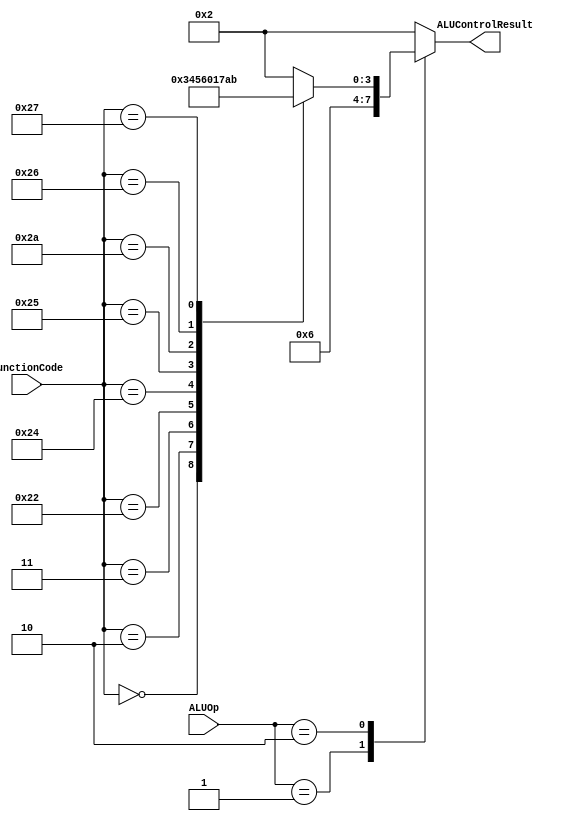
/*
opcode  |  ALUOp
========|=======
   lw   | 00
========|=======
   sw   | 00
========|=======
   R    | 10
========|=======
 branch | 01
========|=======
    I   | 11
========|=======
*/
module ALUControl (
    input [1:0] ALUOp, 
    input [5:0] FunctionCode,

    output reg [3:0] ALUControlResult 
);
    always @(*) begin
        case (ALUOp)
            2'b00: begin // lw / sw
                ALUControlResult <= 4'b0010; // add
            end
            2'b01: begin // branch
                ALUControlResult <= 4'b0110; // sub
            end
            2'b10: begin // R-format
                case (FunctionCode)
                    6'b0: begin // sll
                        ALUControlResult <= 4'b0011; 
                    end
                    2: begin // srl
                        ALUControlResult <= 4'b0100;
                    end
                    3: begin // sra
                        ALUControlResult <= 4'b0101;
                    end
                    32: begin // add
                        ALUControlResult <= 4'b0010;
                    end
                    34: begin  // sub
                        ALUControlResult <= 4'b0110;
                    end
                    36: begin // and
                        ALUControlResult <= 4'b0000;
                    end
                    37: begin // or
                        ALUControlResult <= 4'b0001;
                    end
                    42: begin // slt
                       ALUControlResult <= 4'b0111;
                    end
                    38: begin // xor
                       ALUControlResult <= 4'b1010;
                    end
                    39: begin // nor
                       ALUControlResult <= 4'b1011;
                    end
                    default: begin
                        ALUControlResult <= 4'b0010;
                    end
                endcase
            end
            default: begin
                ALUControlResult <= 4'b0010;
            end
        endcase
    end
endmodule